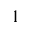
1